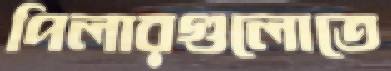
পিলারগুলোতে